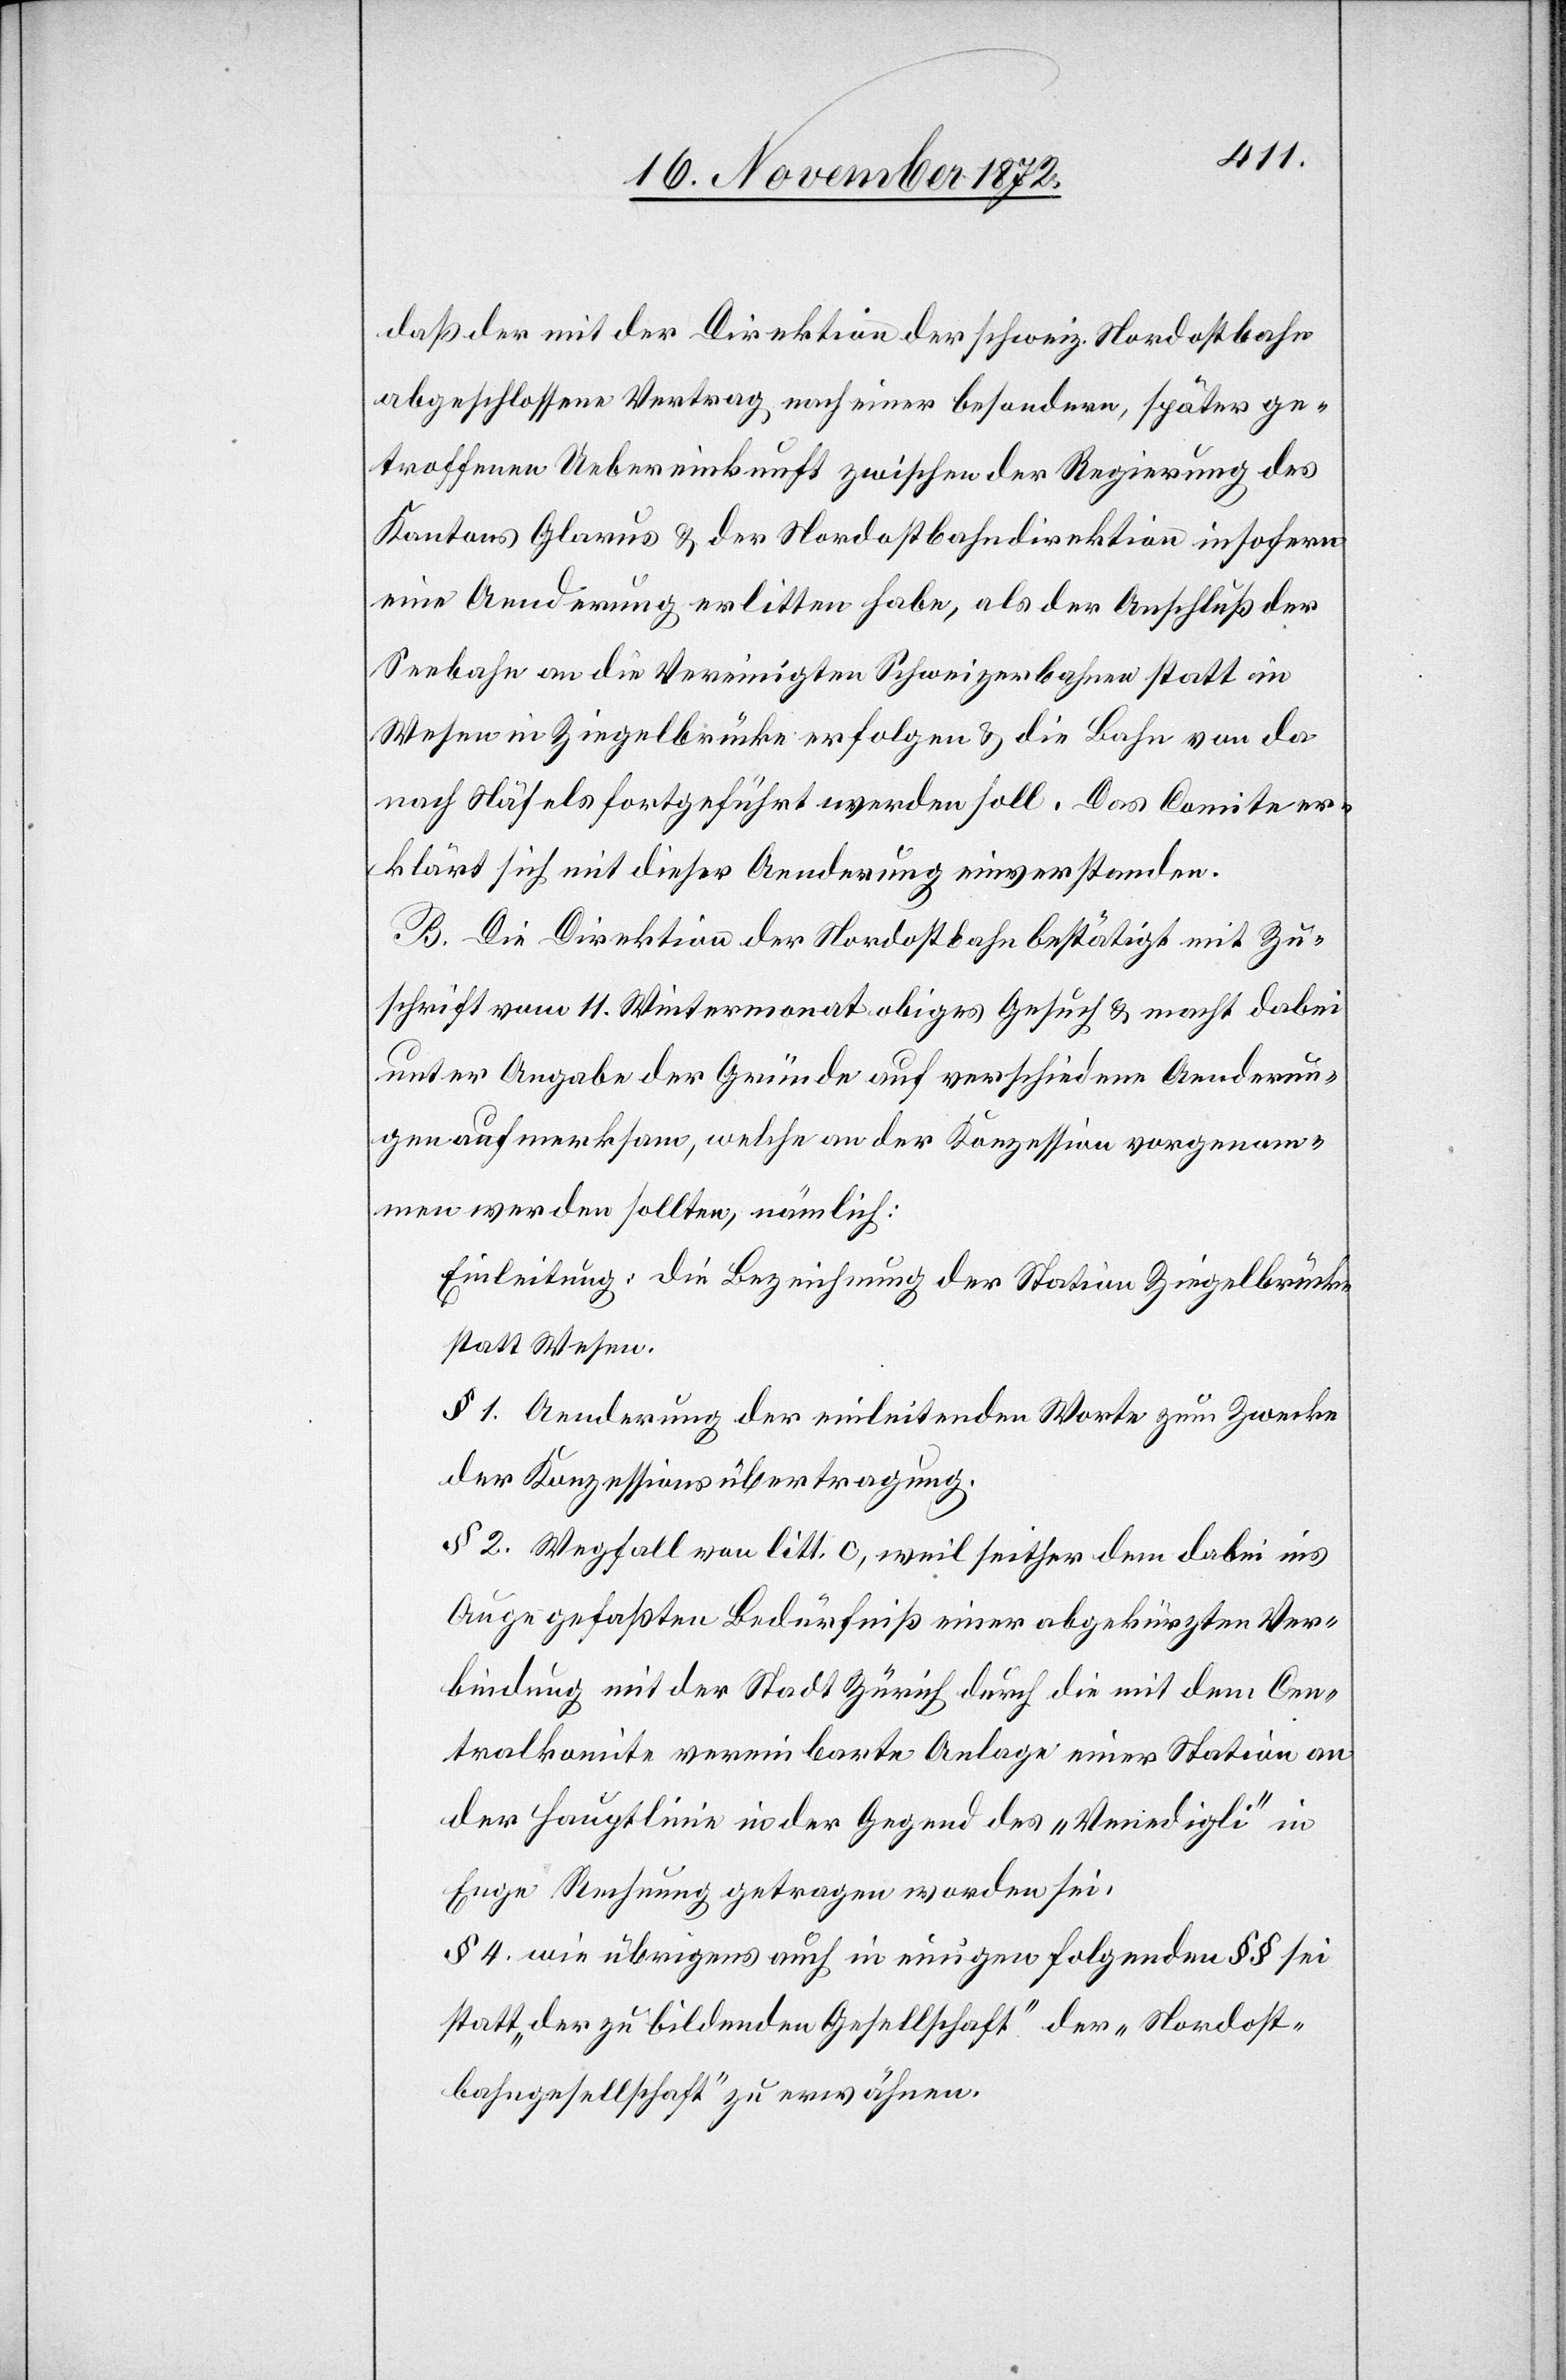
daß der mit der Direktion der schweiz. Nordostbahn
abgeschlossene Vertrag nach einer besondern, später ge¬
troffenen Uebereinkunft zwischen der Regierung des
Kantons Glarus u. der Nordostbahndirektion insofern
eine Aenderung erlitten habe, als der Anschluß der
Seebahn an die Vereinigten Schweizerbahnen statt in
Wesen in Ziegelbrücken erfolgen u. die Bahn von da
nach Näfels fortgeführt werden soll. Das Comite er¬
klärt sich mit dieser Aenderung einverstanden.
B. Die Direktion der Nordostbahn bestätigt mit Zu¬
schrift vom 11. Wintermonat obiges Gesuch u. macht dabei
unter Angabe der Gründe auf verschiedene Aenderun¬
gen aufmerksam, welche an der Konzession vorgenom¬
men werden sollten, nämlich:
Einleitung: die Bezeichnung der Station Ziegelbrücke
statt Wesen.
§ 1. Aenderung der einleitenden Worte zum Zwecke
der Konzessionsübertragung.
§ 2. Wegfall von litt. c, weil seither dem dabei ins
Auge gefaßten Bedürfniß einer abgekürzten Ver¬
bindung mit der Stadt Zürich durch die mit dem Cen¬
tralkomite vereinbarte Anlage einer Station an
der Hauptlinie in der Gegend des „Venedigli“ in
Enge Rechnung getragen worden sei.
§ 4. wie übrigens auch in einigen folgenden §§ sei
statt „der zu bildenden Gesellschaft“ der „Nordost¬
bahngesellschaft“ zu erwähnen.